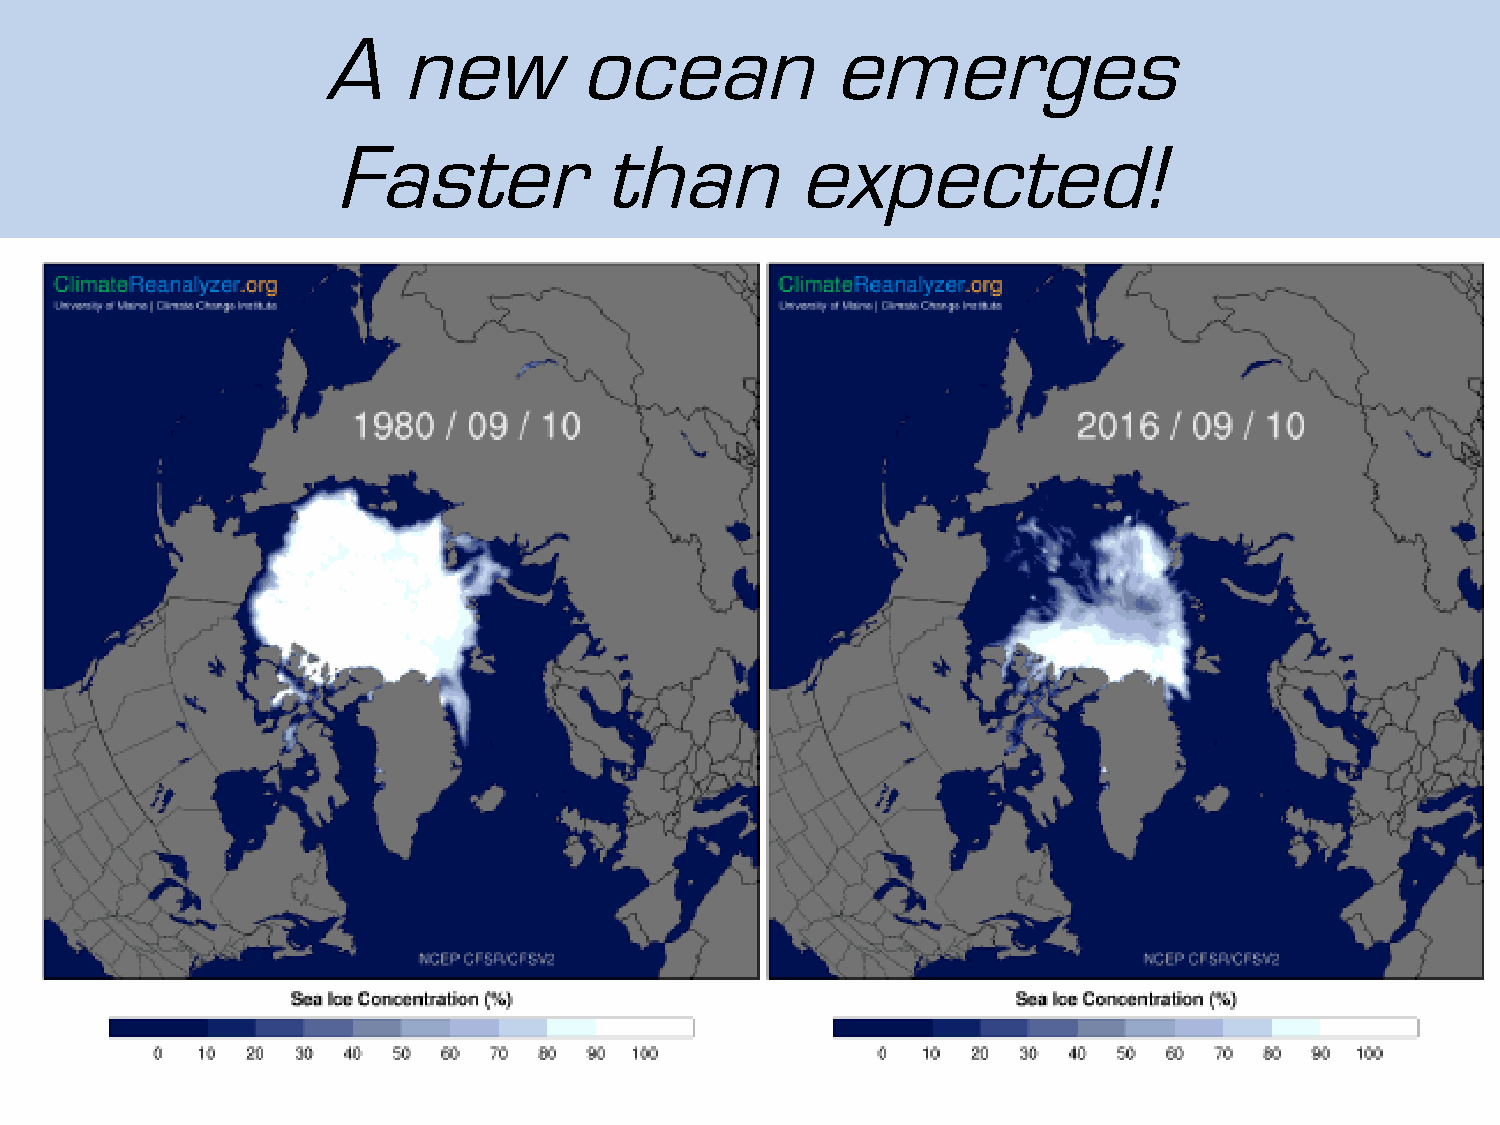
A    new         ocean            emerges
 Faster            than         expected!